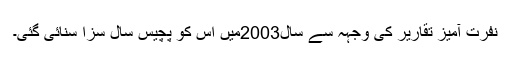
نفرت آمیز تقاریر کی وجہہ سے سال2003میں اس کو پچیس سال سزا سنائی گئی۔